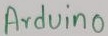
Text: Arduino